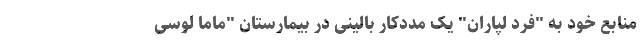
منابع خود به "فِرد لپاران" یک مددکار بالینی در بیمارستان "ماما لوسی